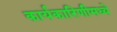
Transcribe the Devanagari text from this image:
कार्यकारिणीमध्ये